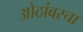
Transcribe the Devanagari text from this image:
ओठांवरचा